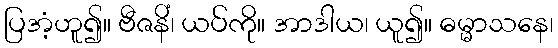
ပြအံ့ဟူ၍။ ဗီဇနိံ၊ ယပ်ကို။ အာဒါယ၊ ယူ၍။ ဓမ္မာသနေ၊